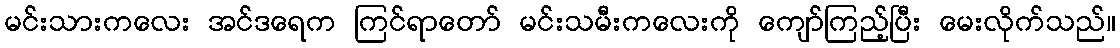
မင်းသားကလေး အင်ဒရေက ကြင်ရာတော် မင်းသမီးကလေးကို ကျော်ကြည့်ပြီး မေးလိုက်သည်။